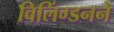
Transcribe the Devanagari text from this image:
विलिंग्डनने